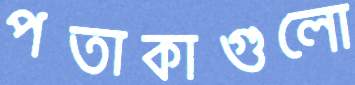
পতাকাগুলো